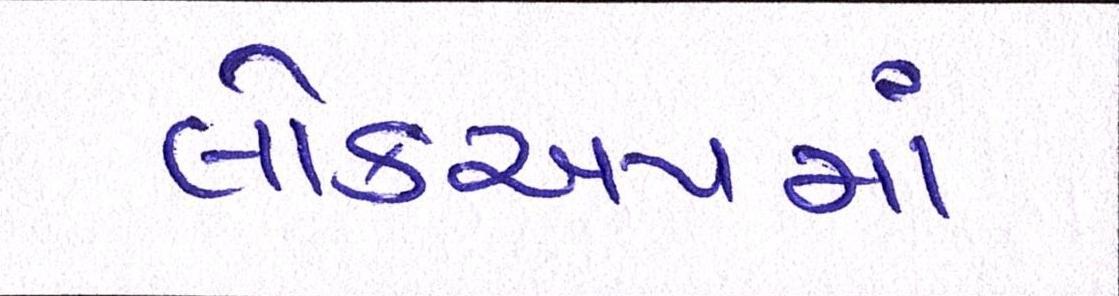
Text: લોકઅપમાં